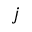
j